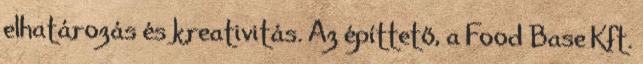
elhatározás és kreativitás. Az építtető, a Food Base Kft.